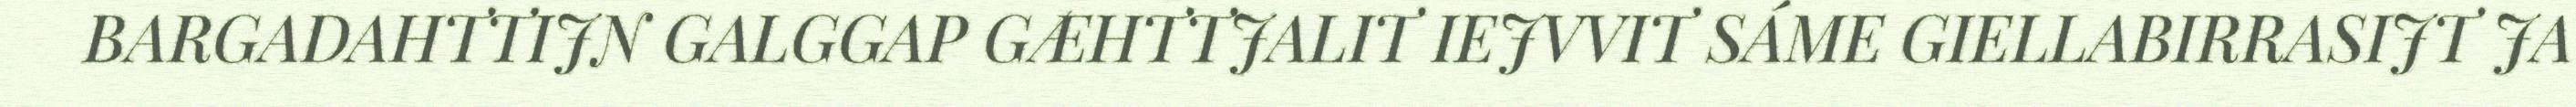
BARGADAHTTIJN GALGGAP GÆHTTJALIT IEJVVIT SÁME GIELLABIRRASIJT JA